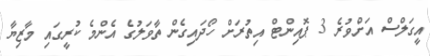
އީގަލްސް އަށްވުރެ 3 ޕޮއިންޓް އިތުރަށް ހޯދައިގެން ތާވަލުގެ އެންމެ ކުރީގައި މާޒިޔާ